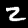
Digit: 2